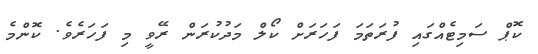
ކޮޕް ސަމިޓެއްގައި ފުރަތަމަ ފަހަރަށް ކޯލް މަދުކުރަން ރޭވީ މި ފަހަރެވެ. ކޮންމެ